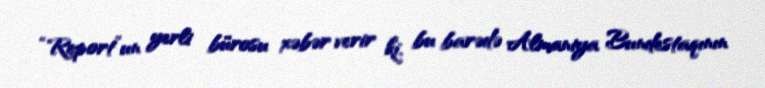
“Report”un yerli bürosu xəbər verir ki, bu barədə Almaniya Bundestaqının